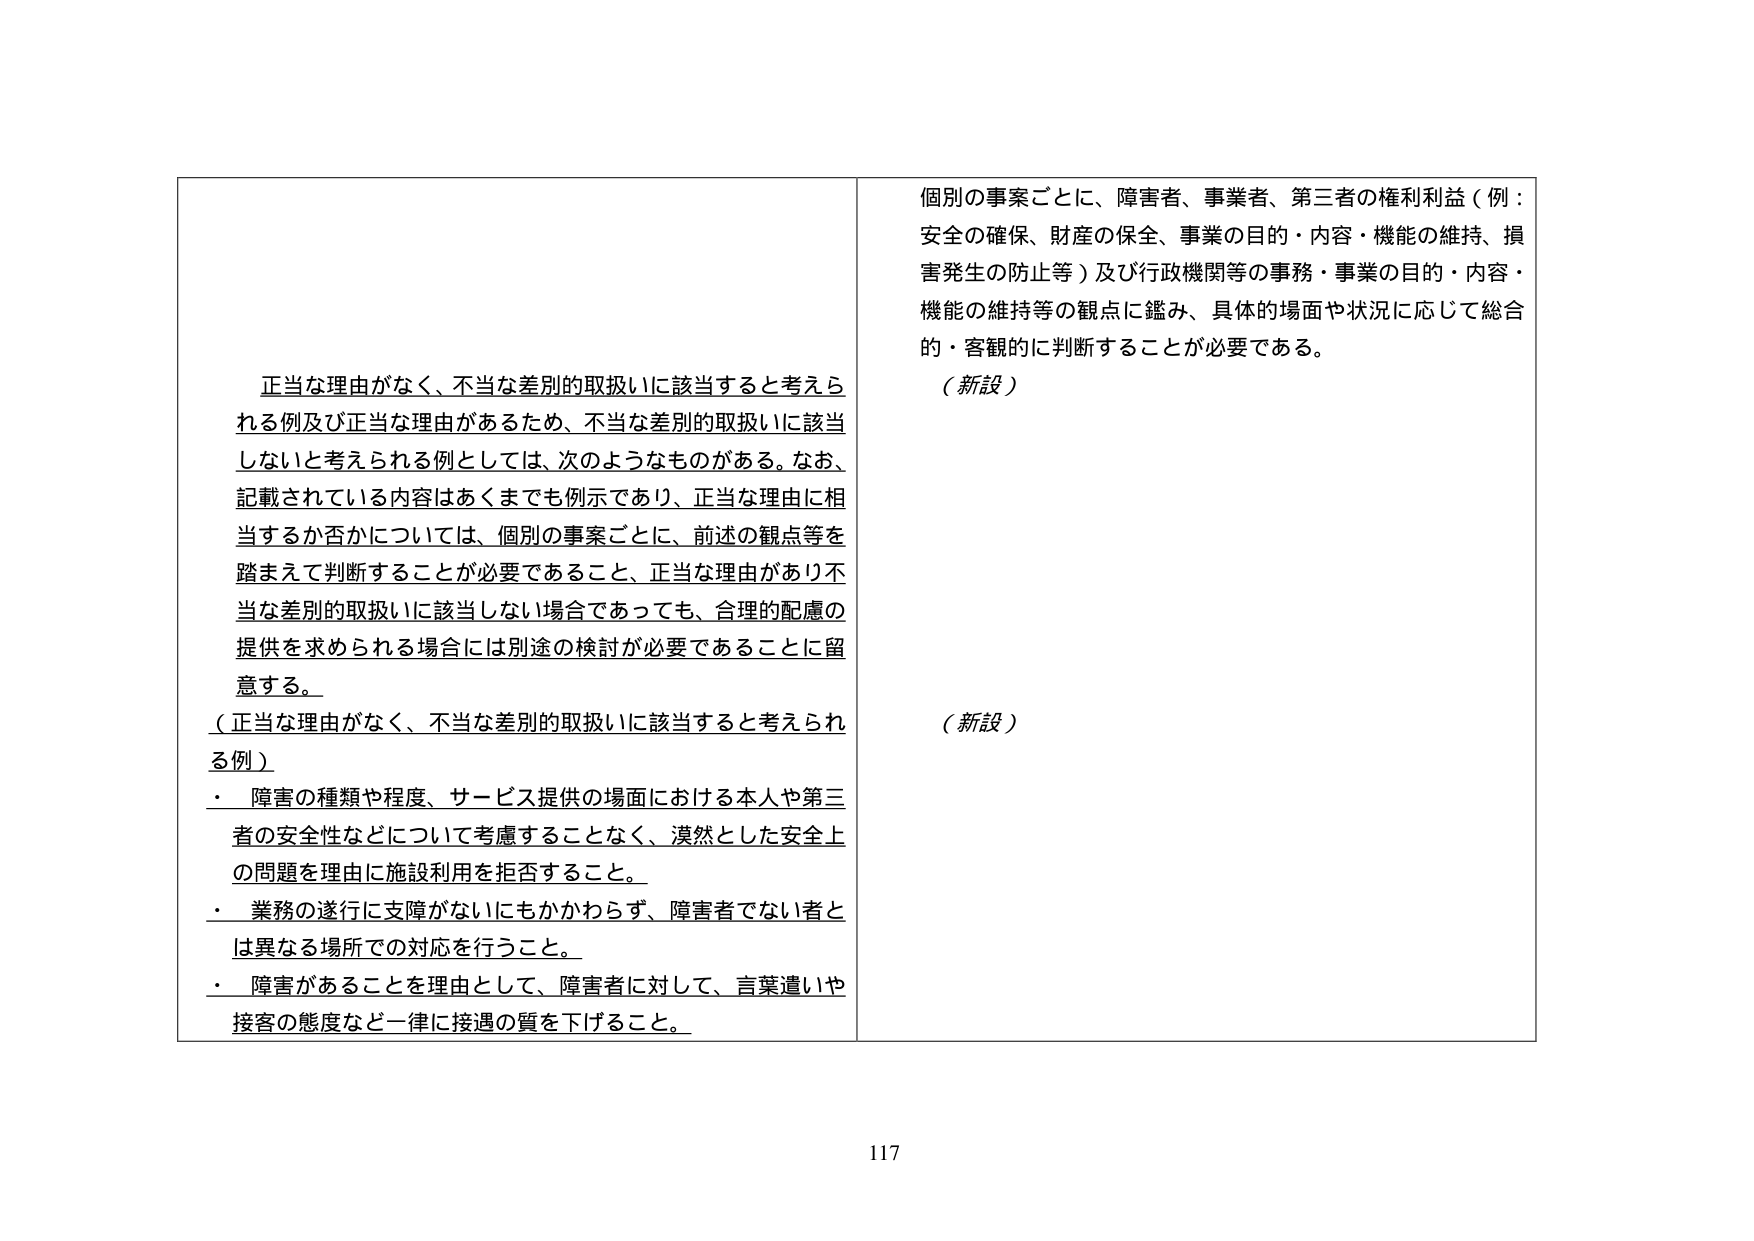
正当な理由がなく、不当な差別的取扱いに該当すると考えられる例及び正当な理由があるため、不当な差別的取扱いに該当しないと考えられる例としては、次のようなものがある。なお、記載されている内容はあくまでも例示であり、正当な理由に相当するか否かについては、個別の事案ごとに、前述の観点等を踏まえて判断することが必要であること、正当な理由があり不当な差別的取扱いに該当しない場合であっても、合理的配慮の提供を求められる場合には別途の検討が必要であることに留意する。

（正当な理由がなく、不当な差別的取扱いに該当すると考えられる例）
・ 障害の種類や程度、サービス提供の場面における本人や第三者の安全性などについて考慮することなく、漠然とした安全上の問題を理由に施設利用を拒否すること。
・ 業務の遂行に支障がないにもかかわらず、障害者でない者とは異なる場所での対応を行うこと。
・ 障害があることを理由として、障害者に対して、言葉遣いや接客の態度など一律に接遇の質を下げること。

個別の事案ごとに、障害者、事業者、第三者の権利利益（例：安全の確保、財産の保全、事業の目的・内容・機能の維持、損害発生の防止等）及び行政機関等の事務・事業の目的・内容・機能の維持等の観点に鑑み、具体的場面や状況に応じて総合的・客観的に判断することが必要である。

（新設）

（新設）

117